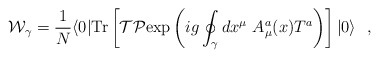
\begin{align*}{\cal W}_\gamma = {1\over N} \langle 0| {\rm Tr}\left[ {\cal T}{\cal P} {\rm exp} \left( ig \oint_\gamma dx^\mu \ A^a_\mu (x) T^a \right)\right]|0\rangle \ \ , \end{align*}